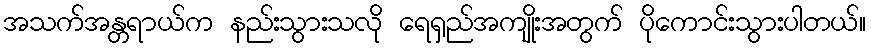
အသက်အန္တရာယ်က နည်းသွားသလို ရေရှည်အကျိုးအတွက် ပိုကောင်းသွားပါတယ်။